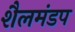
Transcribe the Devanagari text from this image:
शैलमंडप